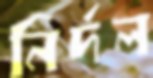
নির্দল